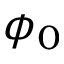
\phi _ { 0 }